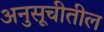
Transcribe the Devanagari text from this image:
अनुसूचीतील